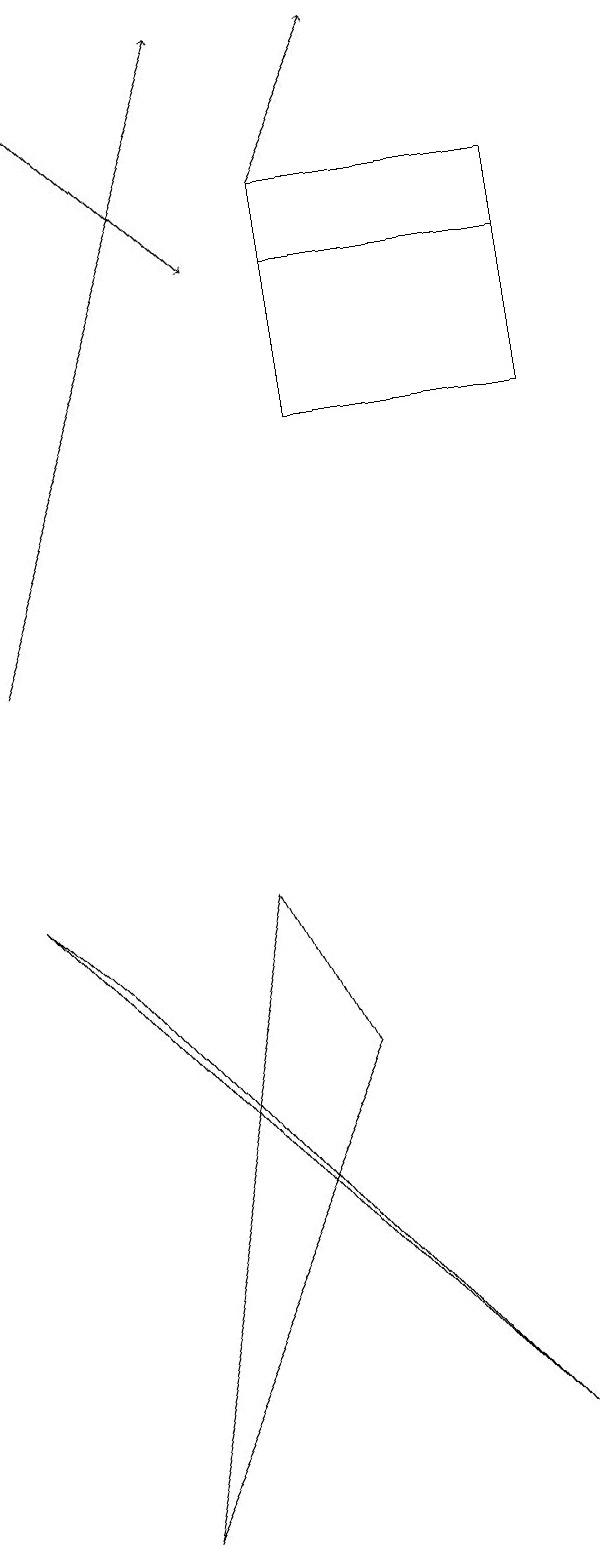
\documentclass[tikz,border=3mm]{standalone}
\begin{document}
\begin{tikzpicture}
\draw (5,17) rectangle (8,16);
\draw[->] (5,17) -- (6,19);
\draw[->] (2,18) -- (4,16);
\draw (8,16) rectangle (5,14);
\draw (7,1) -- (2,7) -- (1,8) -- cycle;
\draw[->] (1,11) -- (4,19);
\draw (2,0) -- (4,8) -- (5,6) -- cycle;
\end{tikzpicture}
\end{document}